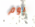
يوم